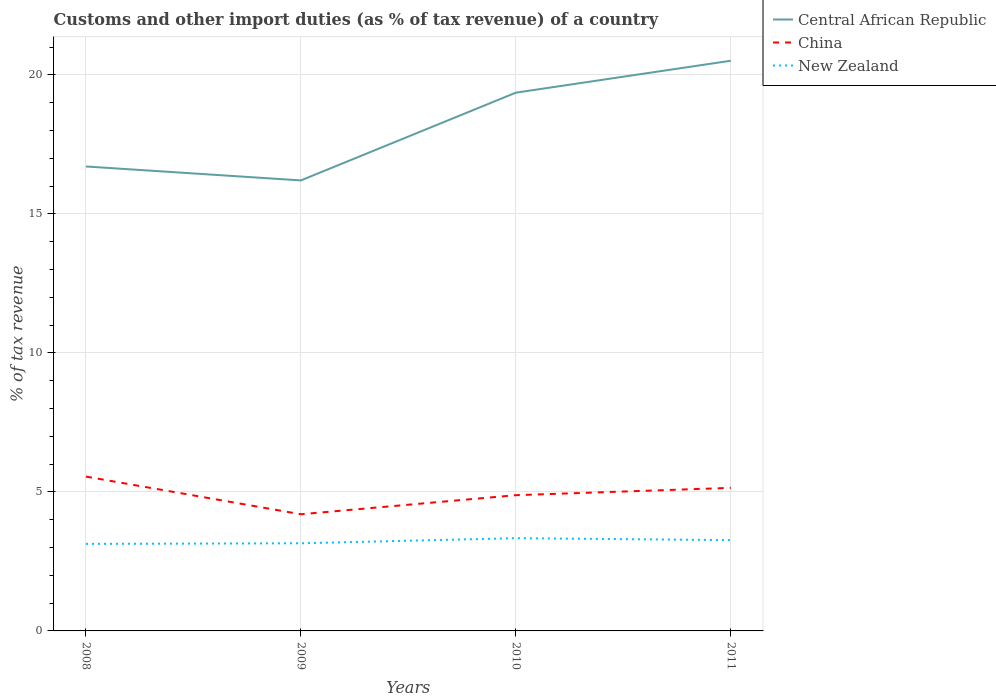
| Years | Central African Republic | China | New Zealand |
 | --- | --- | --- | --- |
 | 2008 | 16.7 | 5.55 | 3.13 |
 | 2009 | 16.2 | 4.2 | 3.15 |
 | 2010 | 19.4 | 4.88 | 3.34 |
 | 2011 | 20.5 | 5.14 | 3.27 |